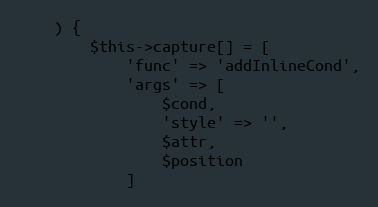
Language: PHP
    ) {
        $this->capture[] = [
            'func' => 'addInlineCond',
            'args' => [
                $cond,
                'style' => '',
                $attr,
                $position
            ]